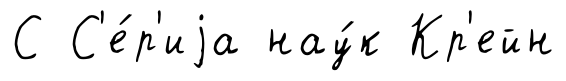
С С'е́р'иjа нау́к Кр'ейн